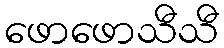
ဖောဖောသီသီ